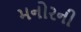
મનોરની